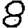
Digit: 8